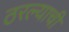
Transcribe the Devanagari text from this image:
ठरल्याची